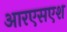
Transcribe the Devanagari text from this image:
आरएसएश